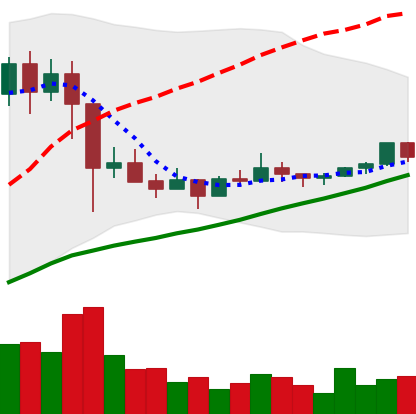
Ticker: EOS-USD
Chart end date: 2021-03-10
Forward return: -4.341%
Label: down_3_5